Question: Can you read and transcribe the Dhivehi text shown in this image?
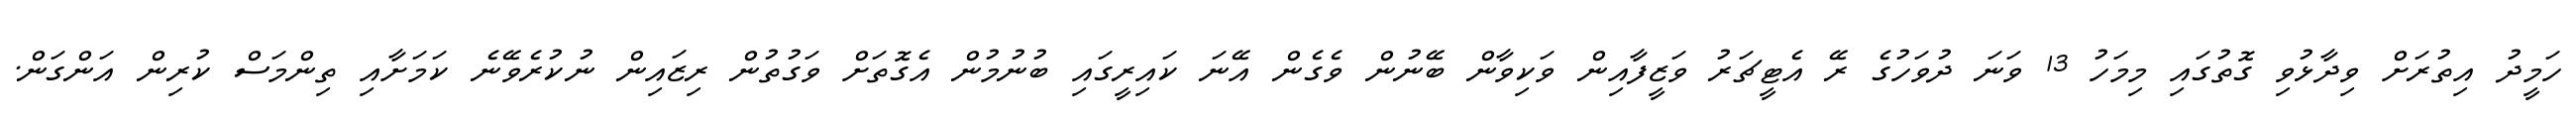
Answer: ހަމީދު އިތުރަށް ވިދާޅުވި ގޮތުގައި މިމަހު 13 ވަނަ ދުވަހުގެ ރޭ އެޓީޗަރު ވަޒީފާއިން ވަކިވާން ބޭނުން ވެގެން އޭނަ ކައިރީގައި ބުނުމުން އެގޮތަށް ވަގުތުން ރިޒައިން ނުކުރެވޭނެ ކަމަށާއި ތިންމަސް ކުރިން އަންގަން.